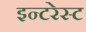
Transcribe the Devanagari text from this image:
इन्टरेस्ट